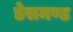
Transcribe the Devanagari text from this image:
डेसमण्ड